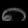
Digit: ၈